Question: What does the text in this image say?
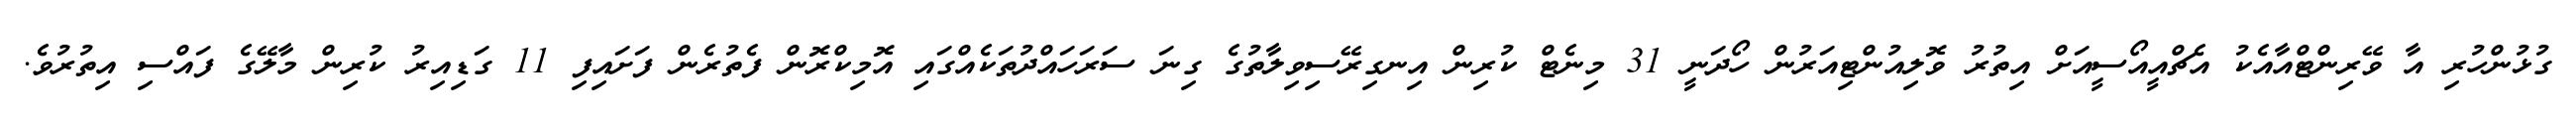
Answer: ގުޅުންހުރި އާ ވޭރިންޓްއާއެކު އެޗްއީއޯސީއަށް އިތުރު ވޮލިއުންޓިއަރުން ހޯދަނީ 31 މިނެޓް ކުރިން އިނގިރޭސިވިލާތުގެ ގިނަ ސަރަހައްދުތަކެއްގައި އޮމިކްރޮން ފެތުރެން ފަށައިފި 11 ގަޑިއިރު ކުރިން މާލޭގެ ފައްސި އިތުރުވެ.